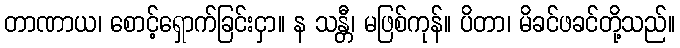
တာဏာယ၊ စောင့်ရှောက်ခြင်းငှာ။ န သန္တီ၊ မဖြစ်ကုန်။ ပိတာ၊ မိခင်ဖခင်တို့သည်။